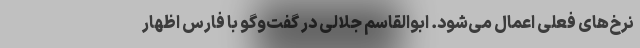
نرخ‌های فعلی اعمال می‌شود. ابوالقاسم جلالی در گفت‌وگو با فارس اظهار